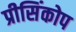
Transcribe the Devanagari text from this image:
प्रीसिंकोप